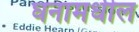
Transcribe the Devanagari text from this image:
घनामधील